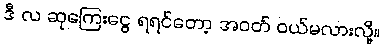
ဒီ လ ဆုကြေးငွေ ရရင်တော့ အဝတ် ဝယ်မလားလို့။